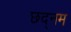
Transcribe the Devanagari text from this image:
छद्नम